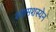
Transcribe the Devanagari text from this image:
श्यामशस्येन